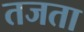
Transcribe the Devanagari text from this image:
तजता